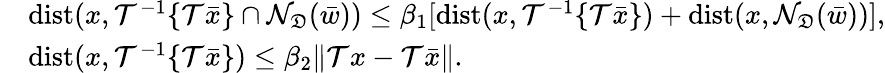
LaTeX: \begin{array}{rl}&{\mathrm{dist}(x,\mathcal{T}^{-1}\{ \mathcal{T}\bar{x}\} \cap\mathcal{N}_{\mathfrak{D}}(\bar{w}))\leq\beta_{1}[\mathrm{dist}(x,\mathcal{T}^{-1}\{ \mathcal{T}\bar{x}\} )+\mathrm{dist}(x,\mathcal{N}_{\mathfrak{D}}(\bar{w}))],}\\ &{\mathrm{dist}(x,\mathcal{T}^{-1}\{ \mathcal{T}\bar{x}\} )\leq\beta_{2}\| \mathcal{T}x-\mathcal{T}\bar{x}\| .}\end{array}